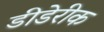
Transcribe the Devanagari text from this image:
डीडेरीक